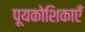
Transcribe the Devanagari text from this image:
पूयकोशिकाएँ